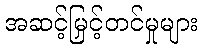
အဆင့်မြှင့်တင်မှုများ